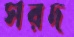
সরদ